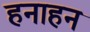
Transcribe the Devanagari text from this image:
हनाहन